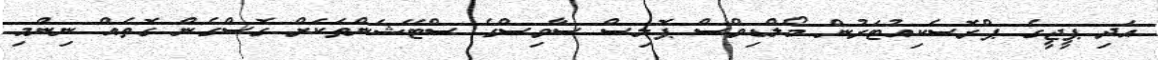
އަދި ޕީޖީގެ ޕްރޮސެކިއުޓަރުން މޯލްޑިވްސް ޕޮލިސް ސާވިސްގެ ސްޓޭޝަންތަކަށް ގޮސްގެން ގޮތެއް ނިންމި